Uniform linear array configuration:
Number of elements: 48
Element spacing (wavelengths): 1
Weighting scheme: cosine
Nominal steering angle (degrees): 0
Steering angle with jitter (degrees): -1.19
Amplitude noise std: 0.05
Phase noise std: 0.05

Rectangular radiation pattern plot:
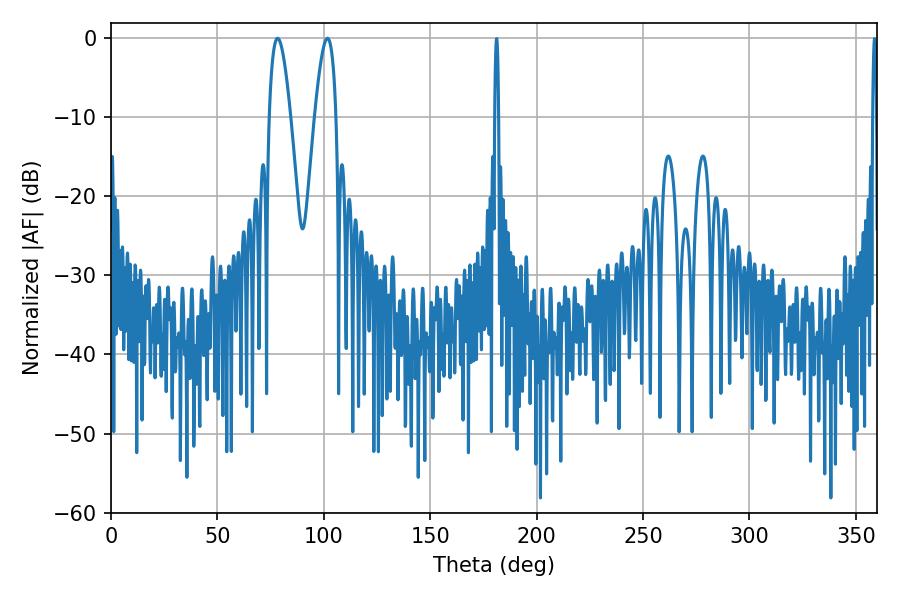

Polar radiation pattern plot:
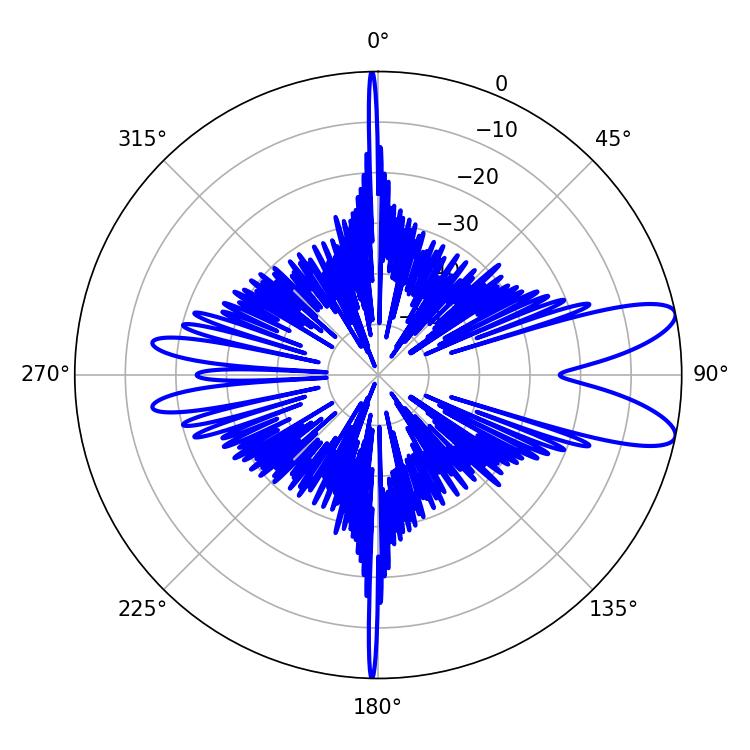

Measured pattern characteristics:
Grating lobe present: TRUE
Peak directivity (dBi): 10.015
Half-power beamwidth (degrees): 5.4
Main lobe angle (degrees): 78.3